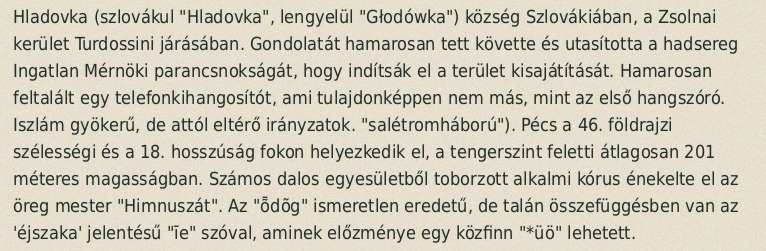
Hladovka (szlovákul "Hladovka", lengyelül "Głodówka") község Szlovákiában, a Zsolnai kerület Turdossini járásában. Gondolatát hamarosan tett követte és utasította a hadsereg Ingatlan Mérnöki parancsnokságát, hogy indítsák el a terület kisajátítását. Hamarosan feltalált egy telefonkihangosítót, ami tulajdonképpen nem más, mint az első hangszóró. Iszlám gyökerű, de attól eltérő irányzatok. "salétromháború"). Pécs a 46. földrajzi szélességi és a 18. hosszúság fokon helyezkedik el, a tengerszint feletti átlagosan 201 méteres magasságban. Számos dalos egyesületből toborzott alkalmi kórus énekelte el az öreg mester "Himnuszát". Az "ȭdõg" ismeretlen eredetű, de talán összefüggésben van az 'éjszaka' jelentésű "īe" szóval, aminek előzménye egy közfinn "*üö" lehetett.